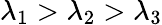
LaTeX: \lambda_{1}>\lambda_{2}>\lambda_{3}